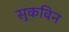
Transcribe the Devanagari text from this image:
सुकविन